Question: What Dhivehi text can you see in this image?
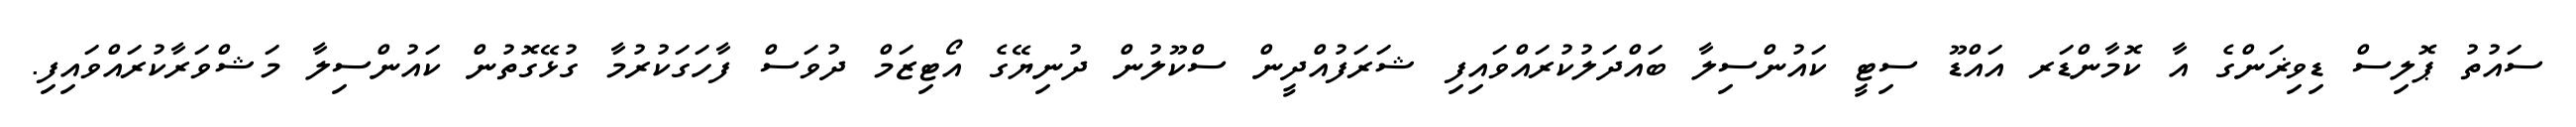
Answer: ސައުތު ޕޮލިސް ޑިވިޜަންގެ އާ ކޮމާންޑަރ އައްޑޫ ސިޓީ ކައުންސިލާ ބައްދަލުކުރައްވައިފި ޝަރަފުއްދީން ސްކޫލުން ދުނިޔޭގެ އޯޓިޒަމް ދުވަސް ފާހަގަކުރުމާ ގުޅޭގޮތުން ކައުންސިލާ މަޝްވަރާކުރައްވައިފި.